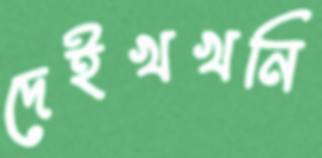
দেইখখনি